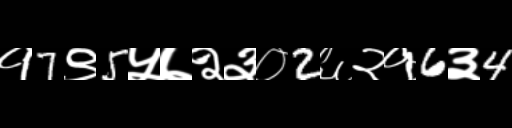
Text: १7९5५७२३०2६२१6३4